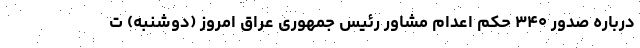
درباره صدور ۳۴۰ حکم اعدام مشاور رئیس جمهوری عراق امروز (دوشنبه) ت